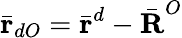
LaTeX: \bar{\textbf{r}}_{dO}=\bar{\textbf{r}}^{d}-\bar{\textbf{R}}^{O}